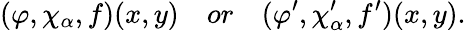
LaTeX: (\varphi,\chi_{\alpha},f)(x,y)\quad or\quad(\varphi^{\prime},\chi_{\alpha}^{\prime},f^{\prime})(x,y).